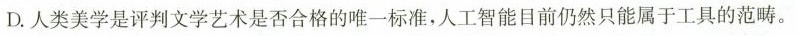
D.人类美学是评判文学艺术是否合格的唯一标准。人工智能目前仍然只能属于工具的范畴。